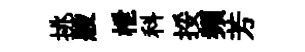
挑般枻科挼頻芳